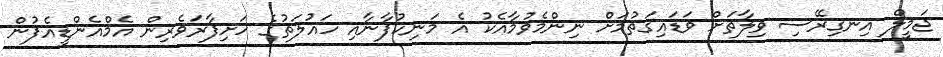
ޖަމީލް އިނގިރޭސި ވިލާތަށް ވަޑައިގަތުމަށް ނިންމެވުމާއެކު އެ މަނިކުފާނާއި ހައުލަތުގެ ހަށިފާރަވެރިން އެމްއެންޑީއެފުން